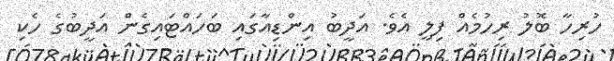
ހުރިހާ ބޮލު ރިހުމެއް ފިލީ އެވެ. އަދީބު އިންޑިއާގައި ބަހައްޓައިގެން އަދީބުގެ ހެކި